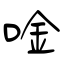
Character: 唫